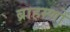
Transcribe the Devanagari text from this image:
ब्राहम्‍णों